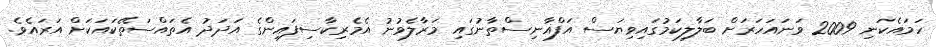
ހަމައެކަނި 2009 ވަނައަހަރަށް ބަލާލިކަމުގައިވިޔަސް އަފްޣާނިސްތާނުގައި މަރާލެވުނު އެމެރިކާސިފައިންގެ އަދަދު އެތައްސަތޭކައަކަށް އަރައެވެ.